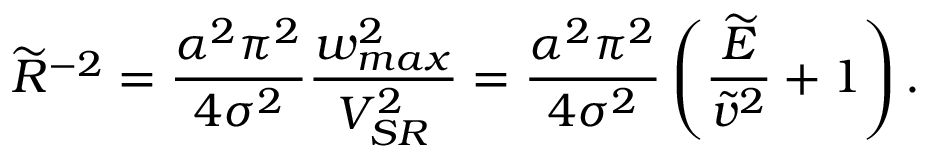
\widetilde { R } ^ { - 2 } = \frac { \alpha ^ { 2 } \pi ^ { 2 } } { 4 \sigma ^ { 2 } } \frac { w _ { m a x } ^ { 2 } } { V _ { S R } ^ { 2 } } = \frac { \alpha ^ { 2 } \pi ^ { 2 } } { 4 \sigma ^ { 2 } } \left( \frac { \widetilde { E } } { \widetilde { v } ^ { 2 } } + 1 \right) .